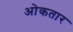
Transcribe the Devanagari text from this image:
ओकतार